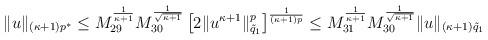
LaTeX: \begin{align*} \|u\|_{(\kappa+1)p^*} &\leq M_{29}^{\frac{1}{\kappa+1}} M_{30}^{\frac{1}{\sqrt{\kappa+1}}}\left [2\|u^{\kappa+1}\|_{\tilde{q}_1}^p\right]^{\frac{1}{(\kappa+1)p}} \leq M_{31}^{\frac{1}{\kappa+1}} M_{30}^{\frac{1}{\sqrt{\kappa+1}}} \|u\|_{(\kappa+1)\tilde{q}_1} \end{align*}